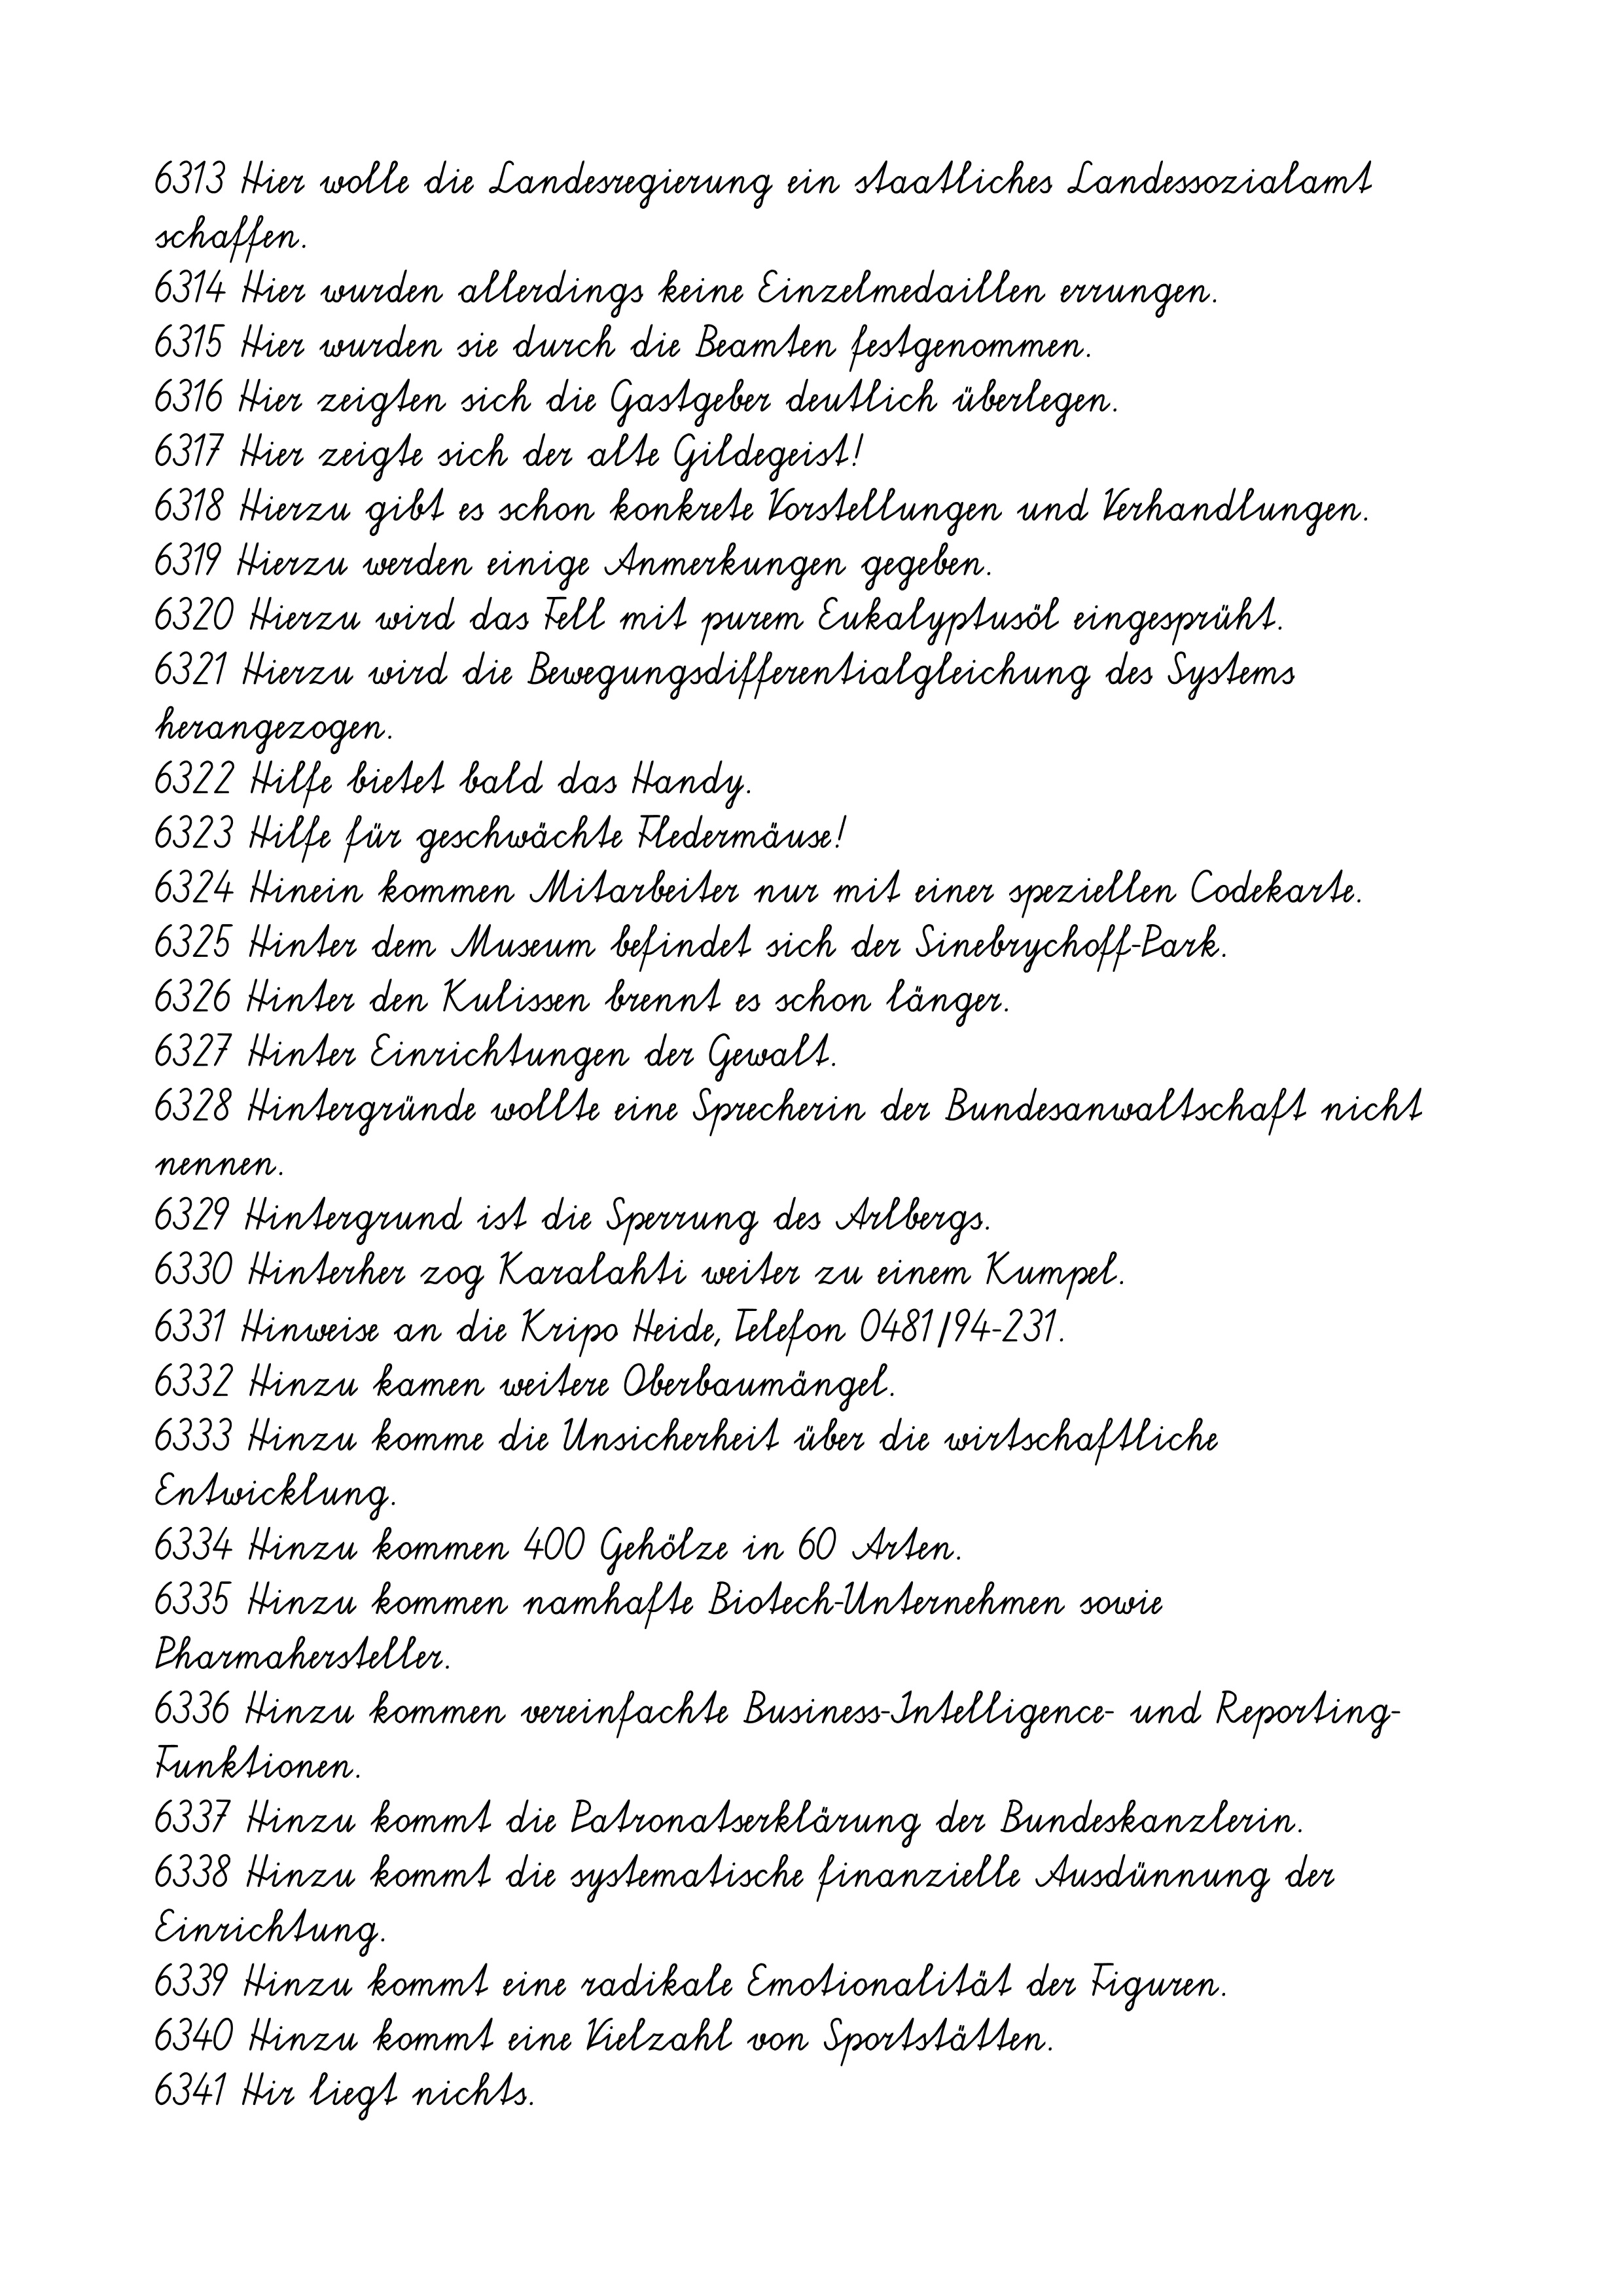
6313 Hier wolle die Landesregierung ein staatliches Landessozialamt
schaffen.
6314 Hier wurden allerdings keine Einzelmedaillen errungen.
6315 Hier wurden sie durch die Beamten festgenommen.
6316 Hier zeigten sich die Gastgeber deutlich überlegen.
6317 Hier zeigte sich der alte Gildegeist!
6318 Hierzu gibt es schon konkrete Vorstellungen und Verhandlungen.
6319 Hierzu werden einige Anmerkungen gegeben.
6320 Hierzu wird das Fell mit purem Eukalyptusöl eingesprüht.
6321 Hierzu wird die Bewegungsdifferentialgleichung des Systems
herangezogen.
6322 Hilfe bietet bald das Handy.
6323 Hilfe für geschwächte Fledermäuse!
6324 Hinein kommen Mitarbeiter nur mit einer speziellen Codekarte.
6325 Hinter dem Museum befindet sich der Sinebrychoff-Park.
6326 Hinter den Kulissen brennt es schon länger.
6327 Hinter Einrichtungen der Gewalt.
6328 Hintergründe wollte eine Sprecherin der Bundesanwaltschaft nicht
nennen.
6329 Hintergrund ist die Sperrung des Arlbergs.
6330 Hinterher zog Karalahti weiter zu einem Kumpel.
6331 Hinweise an die Kripo Heide, Telefon 0481/94-231.
6332 Hinzu kamen weitere Oberbaumängel.
6333 Hinzu komme die Unsicherheit über die wirtschaftliche
Entwicklung.
6334 Hinzu kommen 400 Gehölze in 60 Arten.
6335 Hinzu kommen namhafte Biotech-Unternehmen sowie
Pharmahersteller.
6336 Hinzu kommen vereinfachte Business-Intelligence- und Reporting-
Funktionen.
6337 Hinzu kommt die Patronatserklärung der Bundeskanzlerin.
6338 Hinzu kommt die systematische finanzielle Ausdünnung der
Einrichtung.
6339 Hinzu kommt eine radikale Emotionalität der Figuren.
6340 Hinzu kommt eine Vielzahl von Sportstätten.
6341 Hir liegt nichts.